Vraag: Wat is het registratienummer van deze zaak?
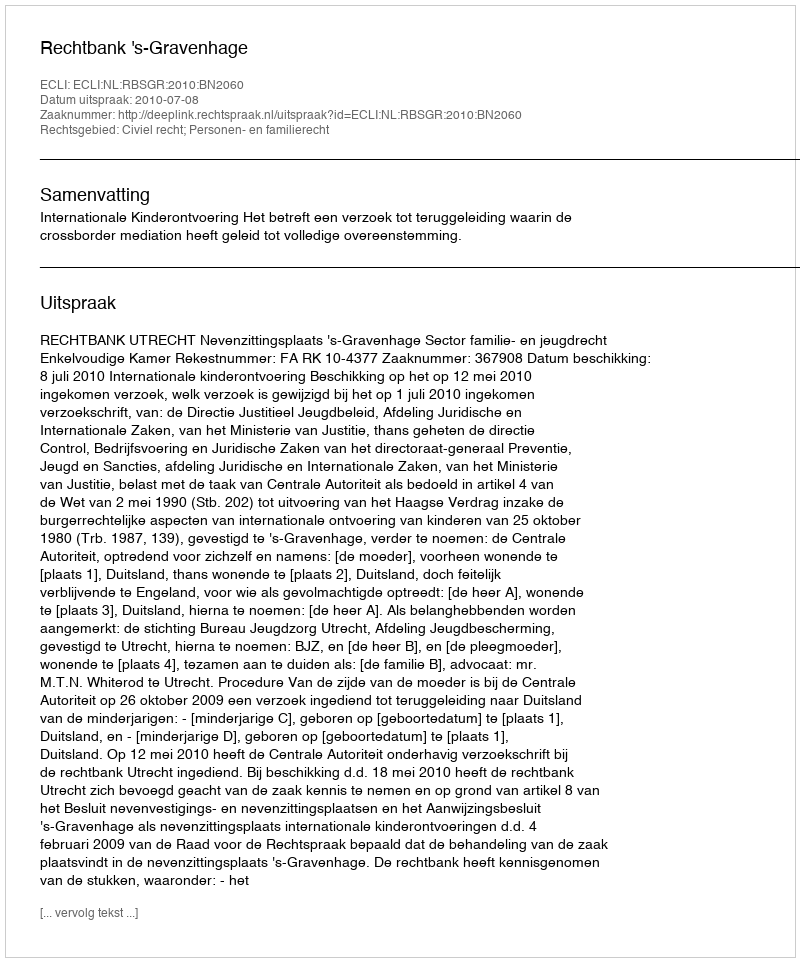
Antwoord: http://deeplink.rechtspraak.nl/uitspraak?id=ECLI:NL:RBSGR:2010:BN2060